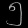
Digit: ၅